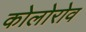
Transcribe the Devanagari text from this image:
कोलोरोव